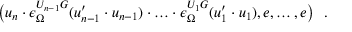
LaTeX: \bigl ( u _ { n } \cdot \epsilon _ { \Omega } ^ { U _ { n - 1 } G } ( u _ { n - 1 } ^ { \prime } \cdot u _ { n - 1 } ) \cdot \ldots \cdot \epsilon _ { \Omega } ^ { U _ { 1 } G } ( u _ { 1 } ^ { \prime } \cdot u _ { 1 } ) , e , \ldots , e \bigr ) \ \ .